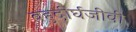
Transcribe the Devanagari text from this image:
बहुदीर्घजीवी